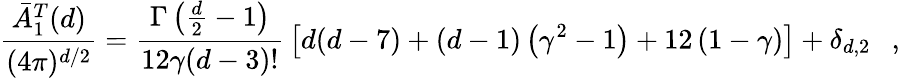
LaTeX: {\frac{\bar{A}_{1}^{T}(d)}{(4\pi)^{d/2}}}={\frac{\Gamma\left(\frac d2-1\right)}{12\gamma(d-3)!}}\left[d(d-7)+(d-1)\left(\gamma^{2}-1\right)+12\left(1-\gamma\right)\right]+\delta_{d,2}~~~,